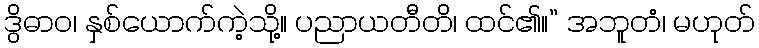
ဒွိဓာဝ၊ နှစ်ယောက်ကဲ့သို့။ ပညာယတီတိ၊ ထင်၏။” အဘူတံ၊ မဟုတ်